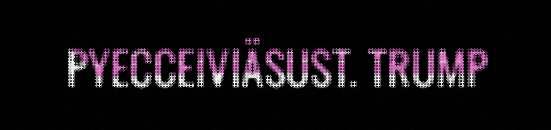
PYECCEIVIÄSUST. TRUMP